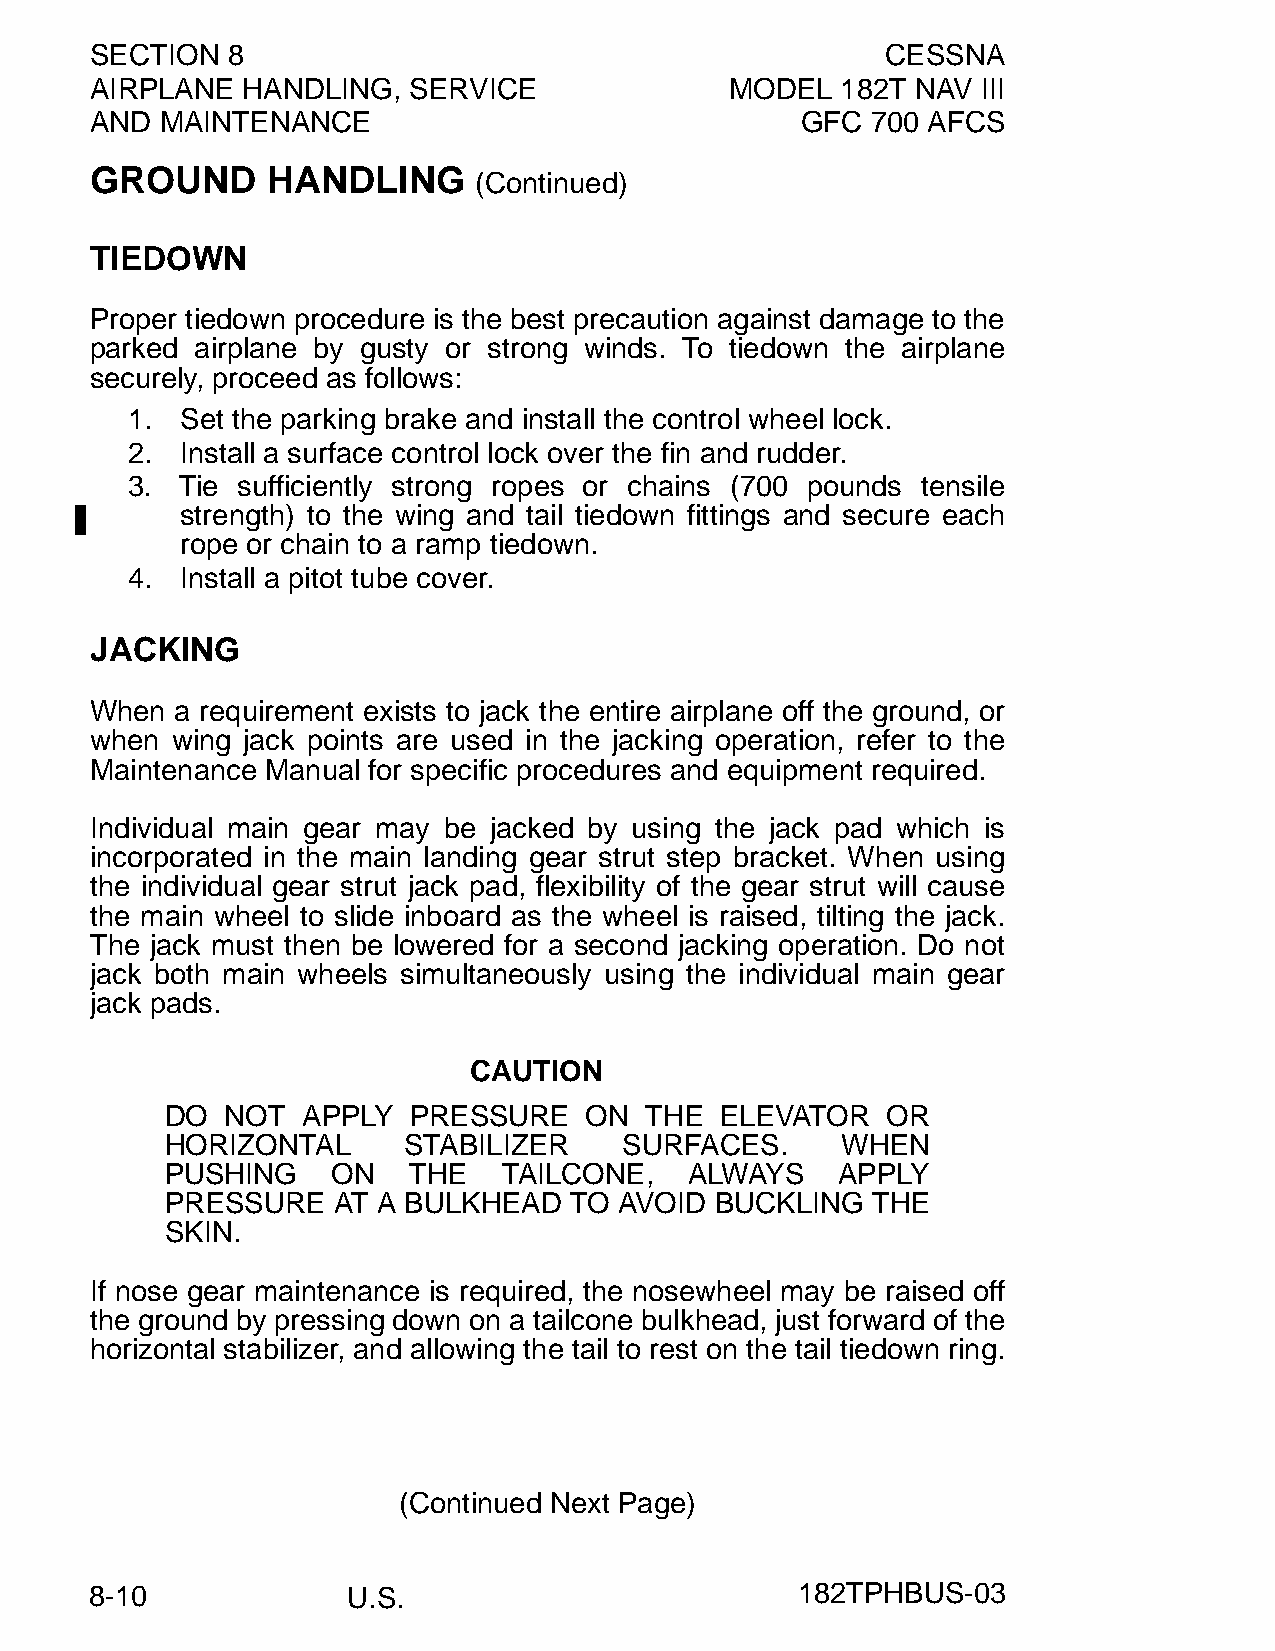
SECTION  8                                           CESSNA
 AIRPLANE  HANDLING,  SERVICE              MODEL   182T NAV III
 AND  MAINTENANCE                               GFC  700 AFCS
 GROUND      HANDLING
 (Continued)
 TIEDOWN
 Proper tiedown procedure is the best precaution against damage to the
 parked airplane by gusty or strong winds. To tiedown the airplane
 securely, proceed as follows:
 1.  Set the parking brake and install the control wheel lock.
 2.  Install a surface control lock over the fin and rudder.
 3.  Tie sufficiently strong ropes or chains (700 pounds tensile
 strength) to the wing and tail tiedown fittings and secure each
 rope or chain to a ramp tiedown.
 4.  Install a pitot tube cover.
 JACKING
 When  a requirement exists to jack the entire airplane off the ground, or
 when wing jack points are used in the jacking operation, refer to the
 Maintenance Manual for specific procedures and equipment required.
 Individual main gear may be jacked by using the jack pad which is
 incorporated in the main landing gear strut step bracket. When using
 the individual gear strut jack pad, flexibility of the gear strut will cause
 the main wheel to slide inboard as the wheel is raised, tilting the jack.
 The jack must then be lowered for a second jacking operation. Do not
 jack both main wheels simultaneously using the individual main gear
 jack pads.
 CAUTION
 DO  NOT  APPLY  PRESSURE    ON  THE  ELEVATOR   OR
 HORIZONTAL      STABILIZER    SURFACES.      WHEN
 PUSHING    ON   THE   TAILCONE,    ALWAYS   APPLY
 PRESSURE   AT A BULKHEAD   TO AVOID BUCKLING   THE
 SKIN.
 If nose gear maintenance is required, the nosewheel may be raised off
 the ground by pressing down on a tailcone bulkhead, just forward of the
 horizontal stabilizer, and allowing the tail to rest on the tail tiedown ring.
 (Continued Next Page)
 8-10             U.S.                          182TPHBUS-03